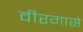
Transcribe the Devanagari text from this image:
वीरगासे